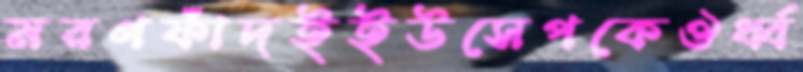
মরণফাঁদইইউসেপকেঔর্ধ্ব